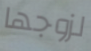
لزوجها